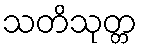
သတိသုတ္တ